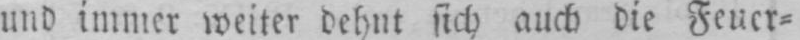
und immer weiter dehnt sich auch die Feuer⸗